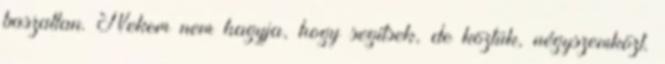
baszatlan. Nekem nem hagyja, hogy segítsek, de köztük, négyszemközt.